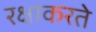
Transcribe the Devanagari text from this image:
रक्षाकरते